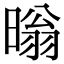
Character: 暡